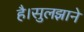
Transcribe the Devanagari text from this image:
है।सुलझाने